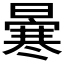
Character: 𠘗